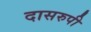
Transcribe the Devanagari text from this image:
दासरुपी